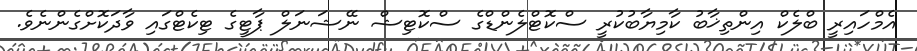
އެމްހައިރީ ބްލެކް އިންތިޚާބު ކާމިޔާބުކުރީ ސްކޮޓްލެންޑްގެ ސްކޮޓިޝް ނޭޝަނަލް ޕާޓީގެ ޓިކެޓްގައި ވާދަކޮށްގެންނެވެ.